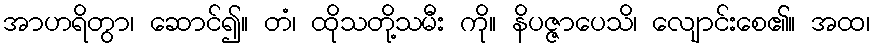
အာဟရိတွာ၊ ဆောင်၍။ တံ၊ ထိုသတို့သမီး ကို။ နိပဇ္ဇာပေသိ၊ လျောင်းစေ၏။ အထ၊